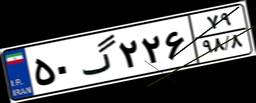
۱۷گ۳۰۹۶۴